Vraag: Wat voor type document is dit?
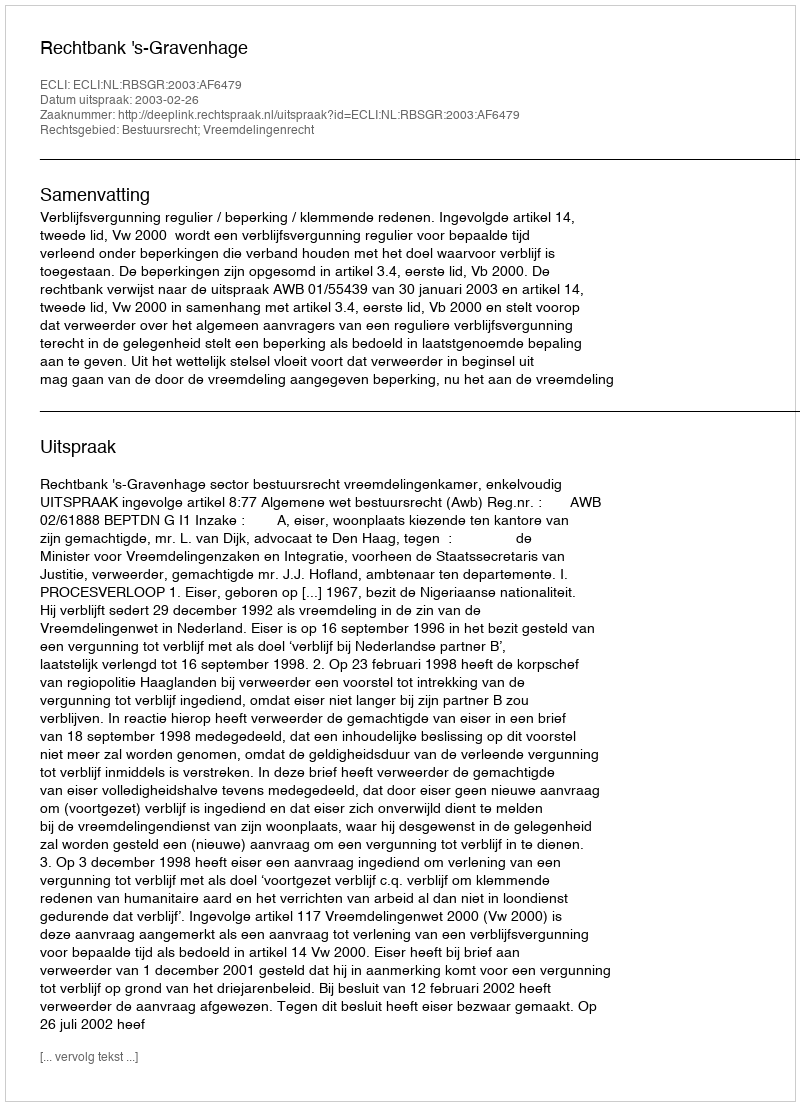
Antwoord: Uitspraak